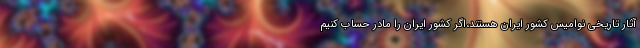
آثار تاریخی نوامیس کشور ایران هستند،اگر کشور ایران را مادر حساب کنیم